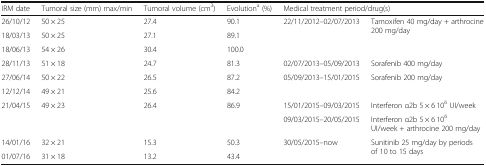
<table><thead><tr><td><b>IRM date</b></td><td><b>Tumoral size (mm) max/min</b></td><td><b>Tumoral volume (cm<sup>3</sup>)</b></td><td><b>Evolution<sup>a</sup> (%)</b></td><td colspan="2"><b>Medical treatment period/drug(s)</b></td></tr></thead><tbody><tr><td>26/10/12</td><td>50 × 25</td><td>27.4</td><td>90.1</td><td rowspan="3">22/11/2012–02/07/2013</td><td rowspan="3">Tamoxifen 40 mg/day + arthrocine 200 mg/day</td></tr><tr><td>18/03/13</td><td>50 × 25</td><td>27.1</td><td>89.1</td></tr><tr><td>18/06/13</td><td>54 × 26</td><td>30.4</td><td>100.0</td></tr><tr><td>28/11/13</td><td>51 × 18</td><td>24.7</td><td>81.3</td><td>02/07/2013–05/09/2013</td><td>Sorafenib 400 mg/day</td></tr><tr><td>27/06/14</td><td>50 × 22</td><td>26.5</td><td>87.2</td><td rowspan="2">05/09/2013–15/01/2015</td><td rowspan="2">Sorafenib 200 mg/day</td></tr><tr><td>12/12/14</td><td>49 × 21</td><td>25.6</td><td>84.2</td></tr><tr><td rowspan="2">21/04/15</td><td rowspan="2">49 × 23</td><td rowspan="2">26.4</td><td rowspan="2">86.9</td><td>15/01/2015–09/03/2015</td><td>Interferon α2b 5 × 6 10<sup>6</sup> UI/week</td></tr><tr><td>09/03/2015–20/05/2015</td><td>Interferon α2b 5 × 6 10<sup>6</sup> UI/week + arthrocine 200 mg/day</td></tr><tr><td>14/01/16</td><td>32 × 21</td><td>15.3</td><td>50.3</td><td rowspan="2">30/05/2015–now</td><td rowspan="2">Sunitinib 25 mg/day by periods of 10 to 15 days</td></tr><tr><td>01/07/16</td><td>31 × 18</td><td>13.2</td><td>43.4</td></tr></tbody></table>